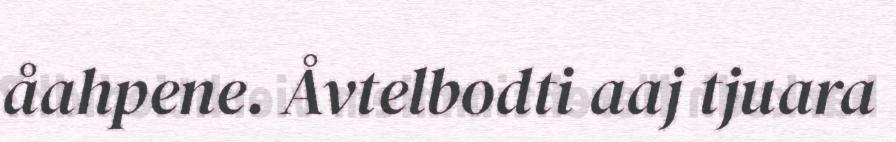
åahpene. Åvtelbodti aaj tjuara